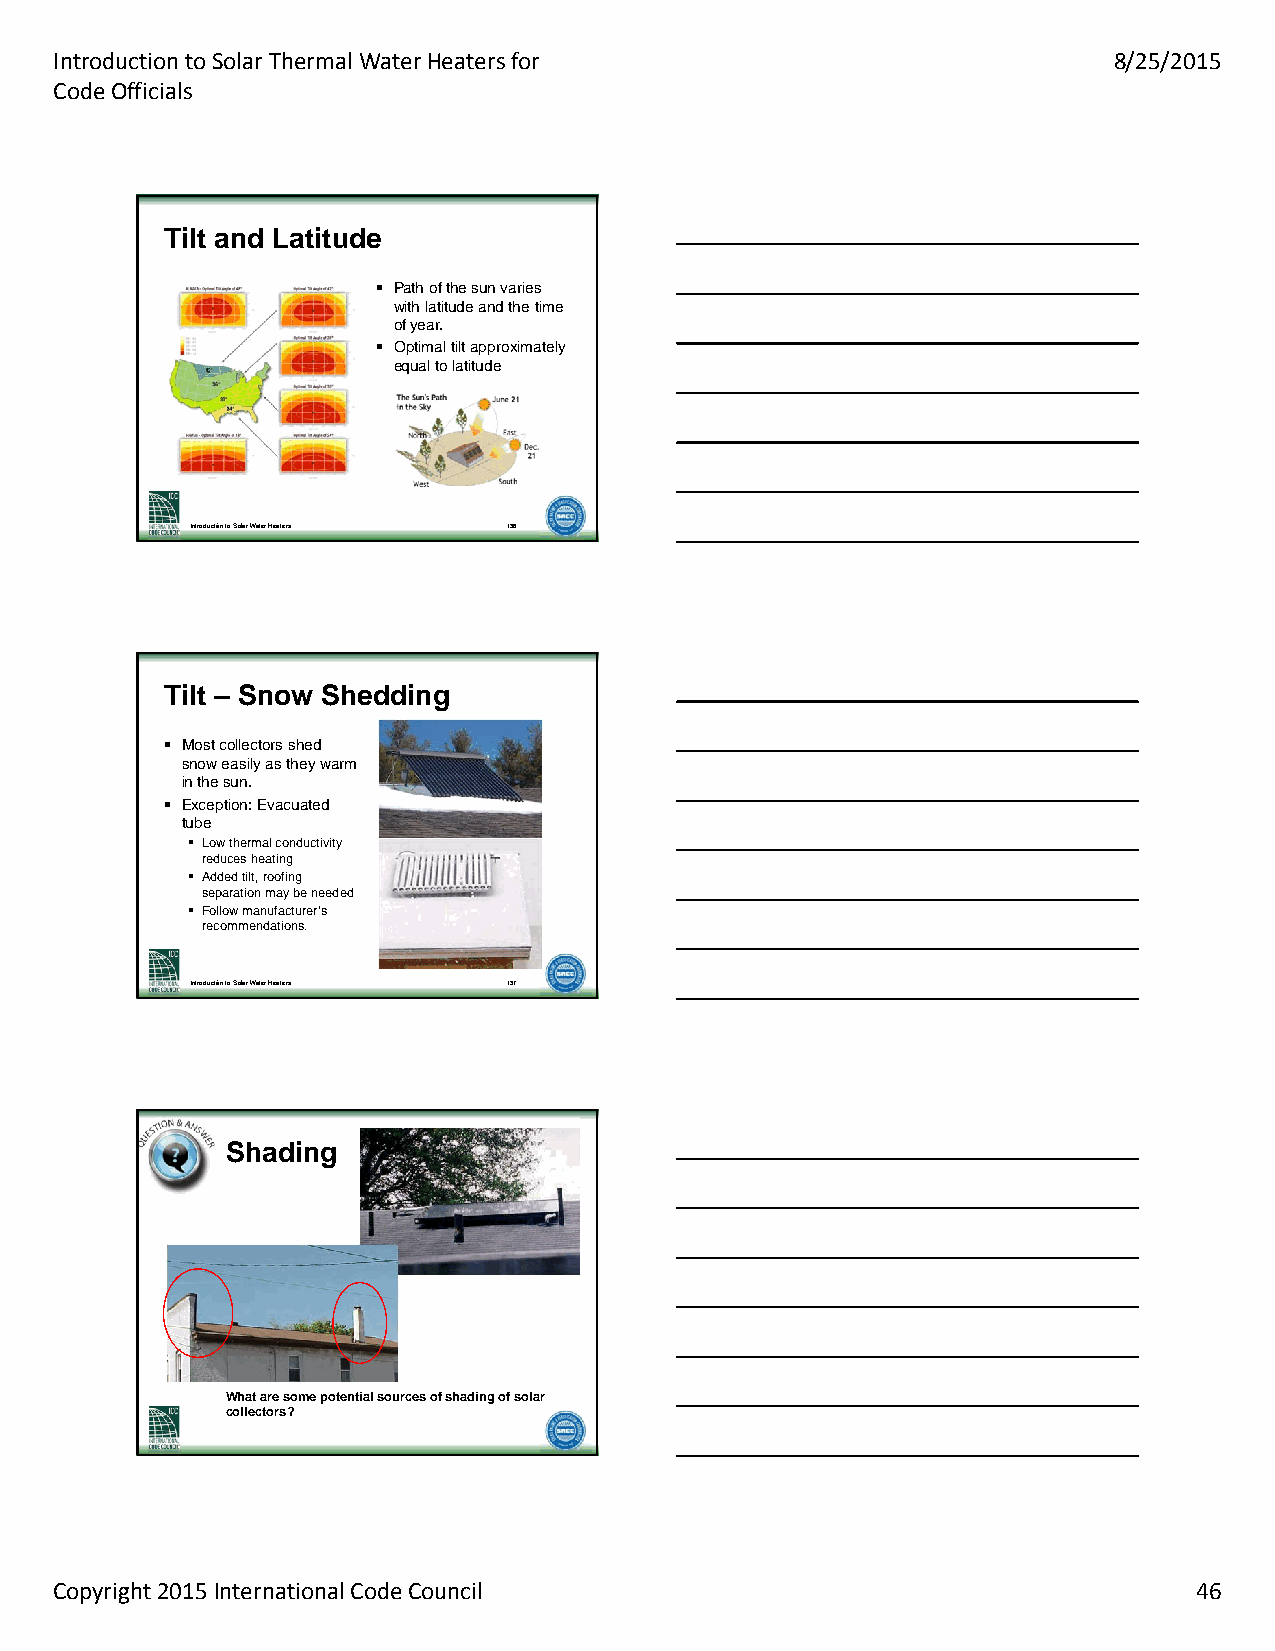
Introduction to Solar Thermal Water Heaters for                       8/25/2015
 Code Officials
 TTiilltt aanndd LLaattiittuuddee
  Path of the sun varies
 with latitude and the time
 of year.
  Optimal tilt approximately
 equal to latitude
 Introduction to Solar Water Heaters 136
 TTiilltt –– SSnnooww SShheeddddiinngg
  Most collectors shed
 snow easily as they warm
 in the sun.
  Exception: Evacuated
 tube
  Low thermal conductivity
 reduces heating
  Added tilt, roofing
 separation may be needed
  Follow manufacturer’s
 recommendations.
 Introduction to Solar Water Heaters 137
 SShhaaddiinngg
 What are some potential sources of shading of solar
 collectors?
 Copyright 2015 International Code Council                                  46